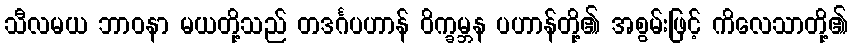
သီလမယ ဘာဝနာ မယတို့သည် တဒင်္ဂပဟာန် ဝိက္ခမ္ဘန ပဟာန်တို့၏ အစွမ်းဖြင့် ကိလေသာတို့၏